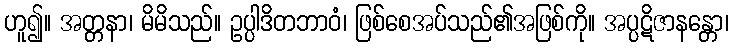
ဟူ၍။ အတ္တနာ၊ မိမိသည်။ ဥပ္ပါဒိတဘာဝံ၊ ဖြစ်စေအပ်သည်၏အဖြစ်ကို။ အပ္ပဋိဇာနန္တော၊